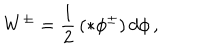
W ^ { \pm } = \frac { 1 } { 2 } \, ( \ast \phi ^ { \pm } ) \, d \phi \, ,